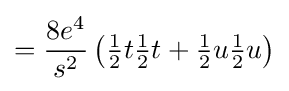
={\frac {8e^{4}}{s^{2}}}\left({\tfrac {1}{2}}t{\tfrac {1}{2}}t+{\tfrac {1}{2}}u{\tfrac {1}{2}}u\right)